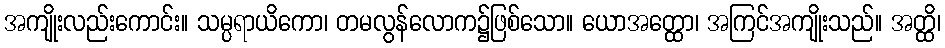
အကျိုးလည်းကောင်း။ သမ္ပရာယိကော၊ တမလွန်လောက၌ဖြစ်သော။ ယောအတ္ထော၊ အကြင်အကျိုးသည်။ အတ္ထိ၊